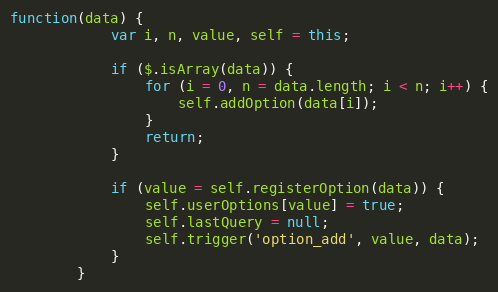
Language: JavaScript
function(data) {
			var i, n, value, self = this;

			if ($.isArray(data)) {
				for (i = 0, n = data.length; i < n; i++) {
					self.addOption(data[i]);
				}
				return;
			}

			if (value = self.registerOption(data)) {
				self.userOptions[value] = true;
				self.lastQuery = null;
				self.trigger('option_add', value, data);
			}
		}